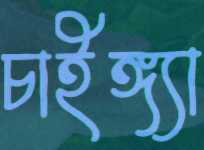
চাইঙ্গ্যা